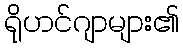
ရိုဟင်ဂျာများ၏